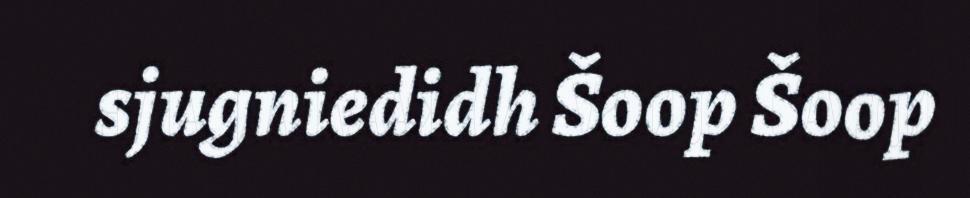
sjugniedidh Šoop Šoop